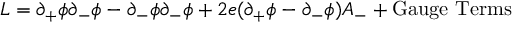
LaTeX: { \cal L } = \partial _ { + } \phi \partial _ { - } \phi - \partial _ { - } \phi \partial _ { - } \phi + 2 e ( \partial _ { + } \phi - \partial _ { - } \phi ) A _ { - } + \mathrm { G a u g e ~ T e r m s }